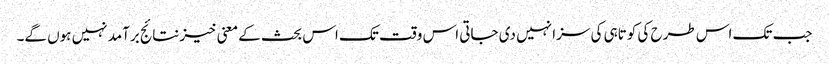
جب تک اس طرح کی کوتاہی کی سزا نہیں دی جاتی اس وقت تک اس بحث کے معنی خیز نتائج برآمد نہیں ہوں گے۔